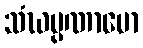
သံဃပ္ပဏာမော